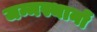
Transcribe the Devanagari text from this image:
जन्मस्थानों